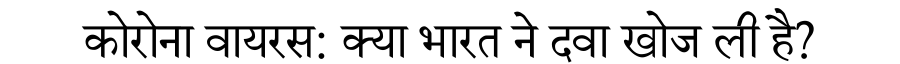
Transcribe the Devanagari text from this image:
कोरोना वायरस: क्या भारत ने दवा खोज ली है?